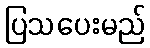
ပြသပေးမည်